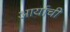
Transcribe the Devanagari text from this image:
आर्याची